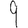
Digit: 9